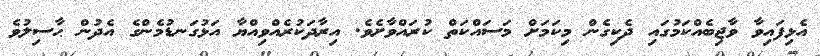
އެޅިފައިވާ ވާޖިބެއްކަމުގައި ދެކިގެން މިކަމަށް މަސައްކަތް ކުރައްވާށެވެ. އިރާދަކުރެއްވިއްޔާ އަޅުގަނޑުމެންގެ އެދުން ޙާސިލުވެ